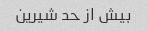
بیش از حد شیرین